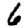
Digit: 6